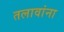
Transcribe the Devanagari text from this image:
तलावांना